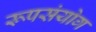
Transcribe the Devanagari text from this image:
रूपसंयोग